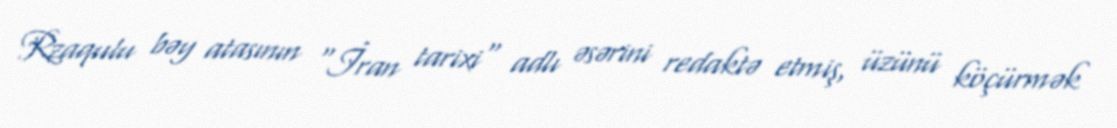
Rzaqulu bəy atasının "İran tarixi" adlı əsərini redaktə etmiş, üzünü köçürmək